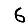
Digit: 6